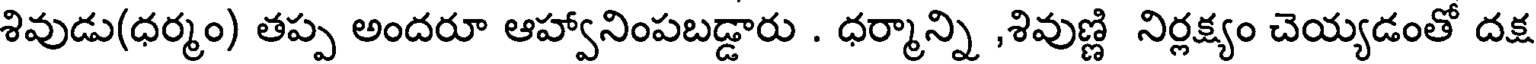
శివుడు(ధర్మం) తప్ప అందరూ ఆహ్వానింపబడ్డారు . ధర్మాన్ని ,శివుణ్ణి నిర్లక్ష్యం చెయ్యడంతో దక్ష